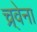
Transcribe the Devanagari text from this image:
च्र्वेना